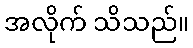
အလိုက် သိသည်။